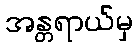
အန္တရာယ်မှ